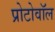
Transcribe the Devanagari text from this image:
प्रोटोवॉल